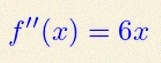
f''(x)=6x